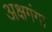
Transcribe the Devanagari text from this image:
अक्षगंगा